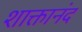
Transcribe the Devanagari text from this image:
शाक्तानंद